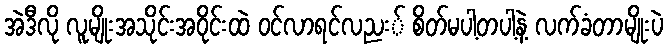
အဲဒီလို လူမျိုးအသိုင်းအဝိုင်းထဲ ဝင်လာရင်လညး် စိတ်မပါ့တပါ့နဲ့ လက်ခံတာမျိုးပဲ